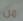
من